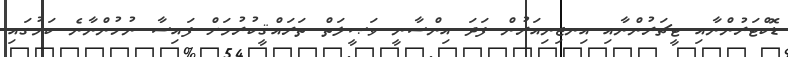
ޑޮކްޓަރުންނާއި ޓީޗަރުންނާއި އިނޖިނިއަރުން ފަދަ އިންސާނީ ވަޞީލަތް ތަރައްޤީކުރުމަށް ފައިސާ ނުހުންނާނެ ކަމުގައި